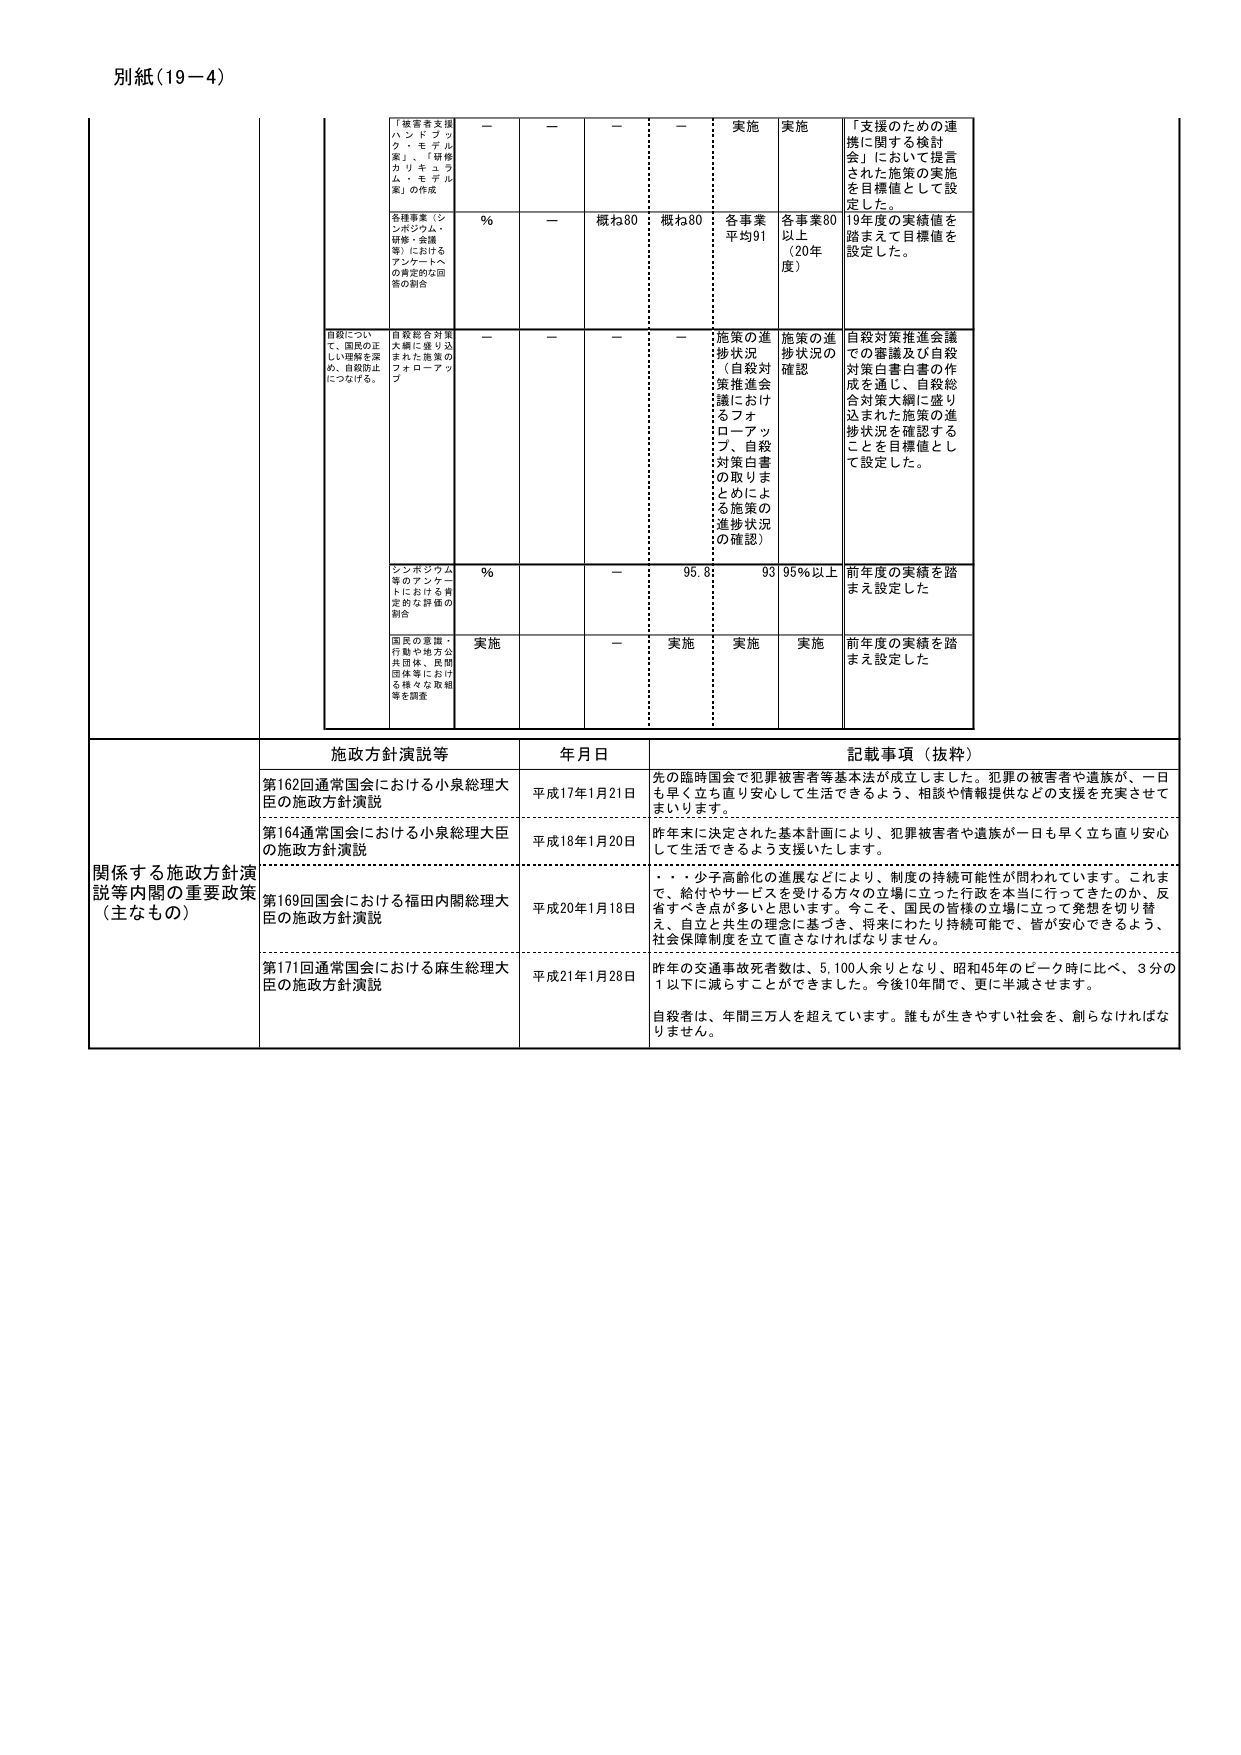
別紙（19－4）

「被害者支援ハンドブック」、「モデル案」、「研修カリキュラム・モデル案」の作成
－
－
－
－
実施
実施
「支援のための連携に関する検討会」において提言された施策の実施を目標値として設定した。

各種事業（シンポジウム、研修・会議等）におけるアンケートへの肯定的な回答の割合
％
－
概ね80
概ね80
各事業平均91
各事業80以上（20年度）
19年度の実績値を踏まえて目標値を設定した。

自殺について、国民の正しい理解を深め、自殺防止につなげる。
自殺総合対策大綱に盛り込まれた施策のフォローアップ
－
－
－
－
施策の進捗状況（自殺対策推進会議におけるフォローアップ、自殺対策白書の取りまとめによる施策の進捗状況の確認）
施策の進捗状況の確認
自殺対策推進会議での審議及び自殺対策白書白書の作成を通じ、自殺総合対策大綱に盛り込まれた施策の進捗状況を確認することを目標値として設定した。

シンポジウム等のアンケートにおける肯定的な評価の割合
％
－
－
95.8
93
95％以上
前年度の実績を踏まえ設定した

国民の意識・行動や地方公共団体、民間団体等における様々な取組等を調査
実施
－
実施
実施
実施
前年度の実績を踏まえ設定した

関係する施政方針演説等内閣の重要政策（主なもの）
施政方針演説等
年月日
記載事項（抜粋）

第162回通常国会における小泉総理大臣の施政方針演説
平成17年1月21日
先の臨時国会で犯罪被害者等基本法が成立しました。犯罪の被害者や遺族が、一日も早く立ち直り安心して生活できるよう、相談や情報提供などの支援を充実させてまいります。

第164回通常国会における小泉総理大臣の施政方針演説
平成18年1月20日
昨年末に決定された基本計画により、犯罪被害者や遺族が一日も早く立ち直り安心して生活できるよう支援いたします。

第169回国会における福田内閣総理大臣の施政方針演説
平成20年1月18日
・・・少子高齢化の進展などにより、制度の持続可能性が問われています。これまで、給付やサービスを受ける方々の立場に立った行政を本当に行ってきたのか、反省すべき点が多いと思います。今こそ、国民の皆様の立場に立って発想を切り替え、自立と共生の理念に基づき、将来にわたり持続可能で、皆が安心できるよう、社会保障制度を立て直さなければなりません。

第171回通常国会における麻生総理大臣の施政方針演説
平成21年1月28日
昨年の交通事故死者数は、5,100人余りとなり、昭和45年のピーク時に比べ、3分の1以下に減らすことができました。今後10年間で、更に半減させます。
自殺者は、年間三万人を超えています。誰もが生きやすい社会を、創らなければなりません。